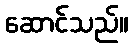
ဆောင်သည်။